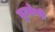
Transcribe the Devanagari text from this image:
लुढ़केगी